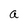
Character: a